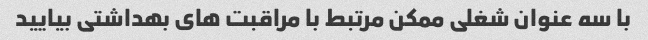
با سه عنوان شغلی ممکن مرتبط با مراقبت های بهداشتی بیایید